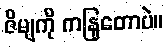
ဇိမျကို ကနြတောပဲ။